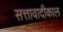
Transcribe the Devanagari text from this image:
सत्तावादीकाल